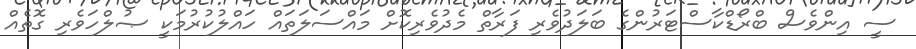
ސީ އިންވެސް ބްރޯޑްކާސްޓަރުންގެ ބަލަދުވެރި ފަރާތް މެދުވެރިކޮށް މައްސަލަތައް ހައްލުކުރުމަކީ ޞުލްހަވެރި ގޮތެއް